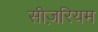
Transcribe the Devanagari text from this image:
सीज़रियम